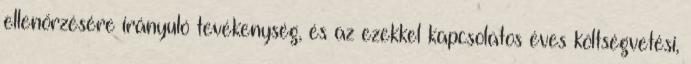
ellenőrzésére irányuló tevékenység, és az ezekkel kapcsolatos éves költségvetési,